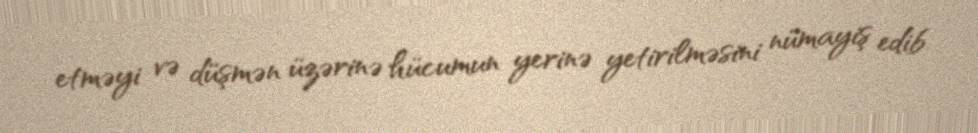
etməyi və düşmən üzərinə hücumun yerinə yetirilməsini nümayiş edib.